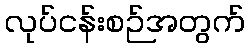
လုပ်ငန်းစဉ်အတွက်